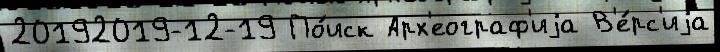
20192019-12-19 По́иск Арх'еограф'иjа В'е́рс'иjа